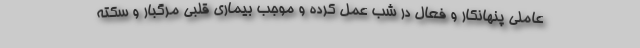
عاملی پنهانکار و فعال در شب عمل کرده و موجب بیماری قلبی مرگبار و سکته